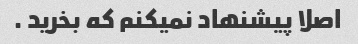
اصلا پیشنهاد نمیکنم که بخرید .